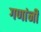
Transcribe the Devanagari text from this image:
गणांनी